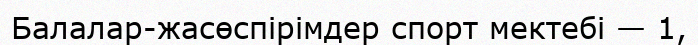
Балалар-жасөспірімдер спорт мектебі — 1,